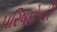
પરિષદોની